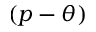
( p - \theta )